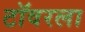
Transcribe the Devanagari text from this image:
टॉवरला